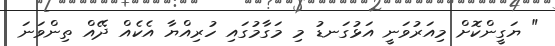
" ޔަގީންކޮށް މިއަރުވަނީ އަޅުގަނޑު މި މަގާމުގައި ހުރިއްޔާ އެކެއް ދޭއް ތިންވަނަ